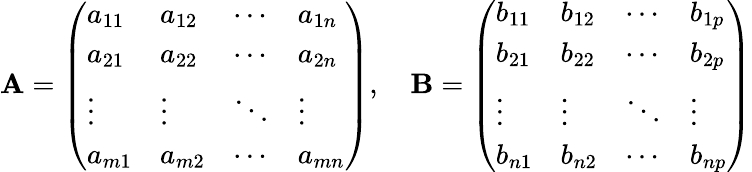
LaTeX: \mathbf{A}={\left(\begin{array}{llll}{a_{11}}&{a_{12}}&{\cdots}&{a_{1n}}\\ {a_{21}}&{a_{22}}&{\cdots}&{a_{2n}}\\ {\vdots}&{\vdots}&{\ddots}&{\vdots}\\ {a_{m1}}&{a_{m2}}&{\cdots}&{a_{mn}}\end{array}\right)},\quad\mathbf{B}={\left(\begin{array}{llll}{b_{11}}&{b_{12}}&{\cdots}&{b_{1p}}\\ {b_{21}}&{b_{22}}&{\cdots}&{b_{2p}}\\ {\vdots}&{\vdots}&{\ddots}&{\vdots}\\ {b_{n1}}&{b_{n2}}&{\cdots}&{b_{np}}\end{array}\right)}